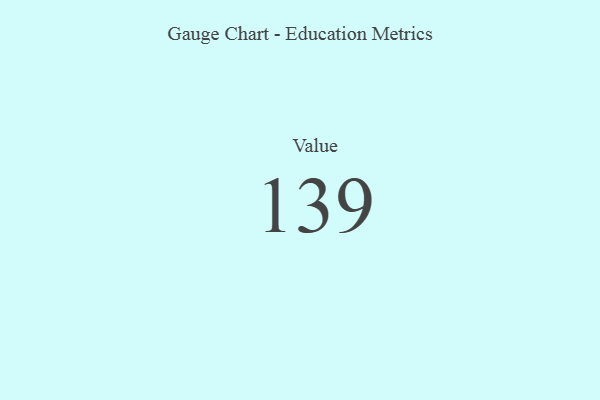
{"axis": {"x": "Metric", "y": "Value"}, "legend": [""], "data": [{"x": "Value", "y": 139, "type": ""}]}